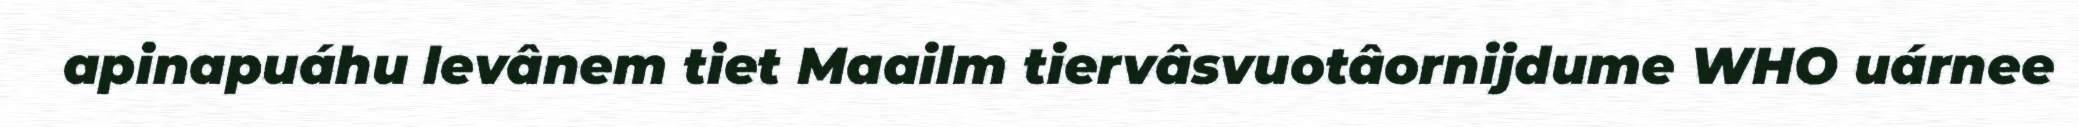
apinapuáhu levânem tiet Maailm tiervâsvuotâornijdume WHO uárnee